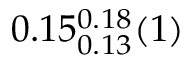
0 . 1 5 _ { 0 . 1 3 } ^ { 0 . 1 8 } ( 1 )